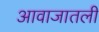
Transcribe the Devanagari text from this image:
आवाजातली